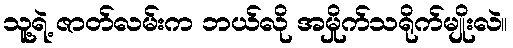
သူ့ရဲ့ ဇာတ်လမ်းက ဘယ်လို အမှိုက်သရိုက်မျိုးလဲ။